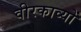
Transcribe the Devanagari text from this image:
वीरकाव्यों